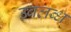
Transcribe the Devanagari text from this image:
उबलब्ध